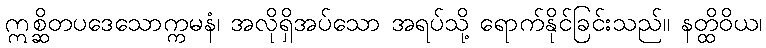
ဣစ္ဆိတပဒေသောက္ကမနံ၊ အလိုရှိအပ်သော အရပ်သို့ ရောက်နိုင်ခြင်းသည်။ နတ္ထိဝိယ၊